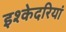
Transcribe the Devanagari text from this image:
इश्केदरियां